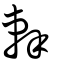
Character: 辢